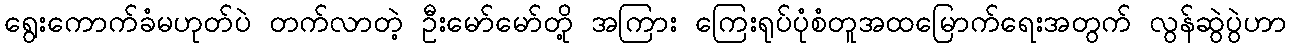
ရွေးကောက်ခံမဟုတ်ပဲ တက်လာတဲ့ ဦးမော်မော်တို့ အကြား ကြေးရုပ်ပုံစံတူအထမြောက်ရေးအတွက် လွန်ဆွဲပွဲဟာ